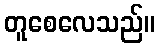
တူစေလေသည်။